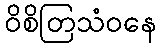
ဝိစိတြသံဝနေ